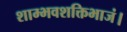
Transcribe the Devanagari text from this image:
शाम्भवशक्तिभाजं।